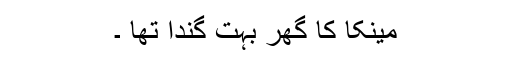
مینکا کا گھر بہت گندا تھا ۔